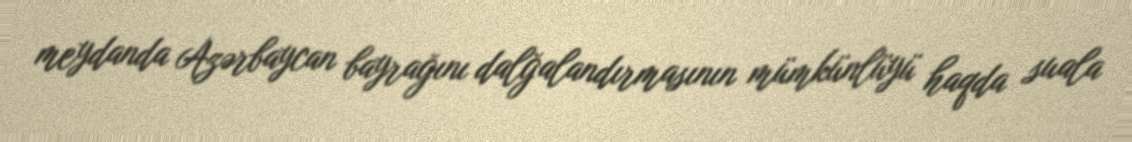
meydanda Azərbaycan bayrağını dalğalandırmasının mümkünlüyü haqda suala